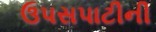
ઉપસપાટીની